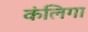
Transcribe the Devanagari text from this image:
कंलिगा